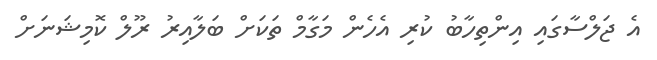
އެ ޖަލްސާގައި އިންތިހާބު ކުރި އެހެން މަގާމް ތަކަށް ބަލާއިރު ރޫލް ކޮމިޝަނަށް